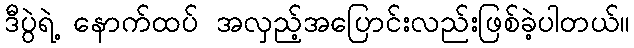
ဒီပွဲရဲ့ နောက်ထပ် အလှည့်အပြောင်းလည်းဖြစ်ခဲ့ပါတယ်။